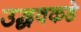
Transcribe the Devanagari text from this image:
उद्धवकडे